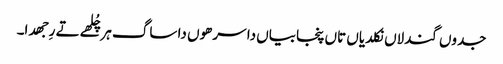
جدوں گندلاں نکلدیاں تاں پنجابیاں دا سرھوں دا ساگ ہر چُلھے تے رِجھدا۔